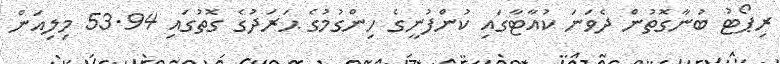
ރިޕޯޓު ބުނާގޮތުން ދެވަނަ ކުއާޓާގައި ކުންފުނީގެ ހިންގުމުގެ ޙަރަދުގެ ގޮތުގައި 53.94 މިލިއަން